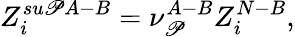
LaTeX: Z_{i}^{su\mathscr{P}A-B}=\nu_{\mathscr{P}}^{A-B}Z_{i}^{N-B},